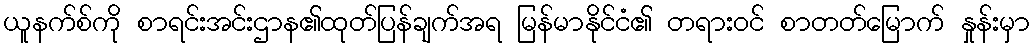
ယူနက်စ်ကို စာရင်းအင်းဌာန၏ထုတ်ပြန်ချက်အရ မြန်မာနိုင်ငံ၏ တရားဝင် စာတတ်မြောက် နှုန်းမှာ